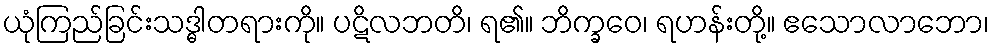
ယုံကြည်ခြင်းသဒ္ဓါတရားကို။ ပဋိလဘတိ၊ ရ၏။ ဘိက္ခဝေ၊ ရဟန်းတို့။ ဧသောလာဘော၊